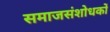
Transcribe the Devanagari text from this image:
समाजसंशोधकों